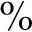
\%